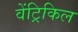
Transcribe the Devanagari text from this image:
वेंट्रिकिल